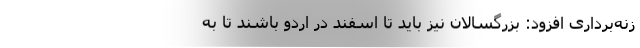
زنه‌برداری افزود: بزرگسالان نیز باید تا اسفند در اردو باشند تا به